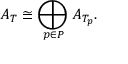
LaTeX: A _ { T } \cong \bigoplus _ { p \in P } A _ { T _ { p } } .